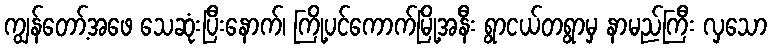
ကျွန်တော့်အဖေ သေဆုံးပြီးနောက်၊ ကြို့ပင်ကောက်မြို့အနီး ရွာငယ်တရွာမှ နာမည်ကြီး လှသော